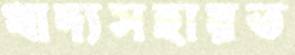
খাদ্যসহায়ত